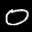
Label: 0